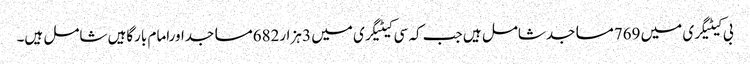
بی کیٹیگری میں 769مساجدشامل ہیں جب کہ سی کیٹیگری میں 3 ہزار682مساجداورامام بارگاہیں شامل ہیں۔